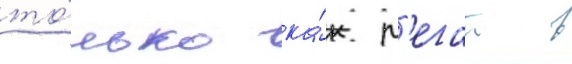
то́лько ка́к л'егат в